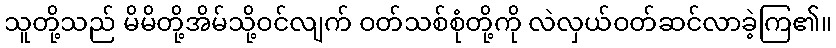
သူတို့သည် မိမိတို့အိမ်သို့ဝင်လျက် ဝတ်သစ်စုံတို့ကို လဲလှယ်ဝတ်ဆင်လာခဲ့ကြ၏။